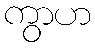
ကွာဟ